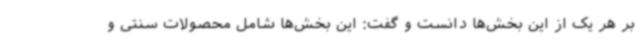
بر هر یک از این بخش‌ها دانست و گفت: این بخش‌ها شامل محصولات سنتی و